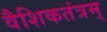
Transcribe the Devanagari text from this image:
वैशिकतंत्रम्